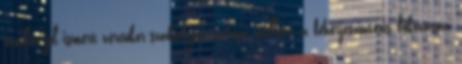
inzulin jól ismert vércukor-szabályozó szerepe mellett a fehérjeszintézis fokozásán